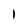
Character: 1